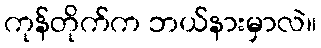
ကုန်တိုက်က ဘယ်နားမှာလဲ။